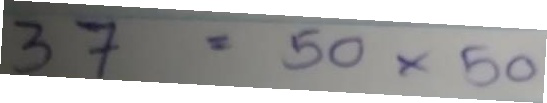
37 = 50x50